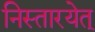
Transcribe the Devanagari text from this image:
निस्तारयेत्